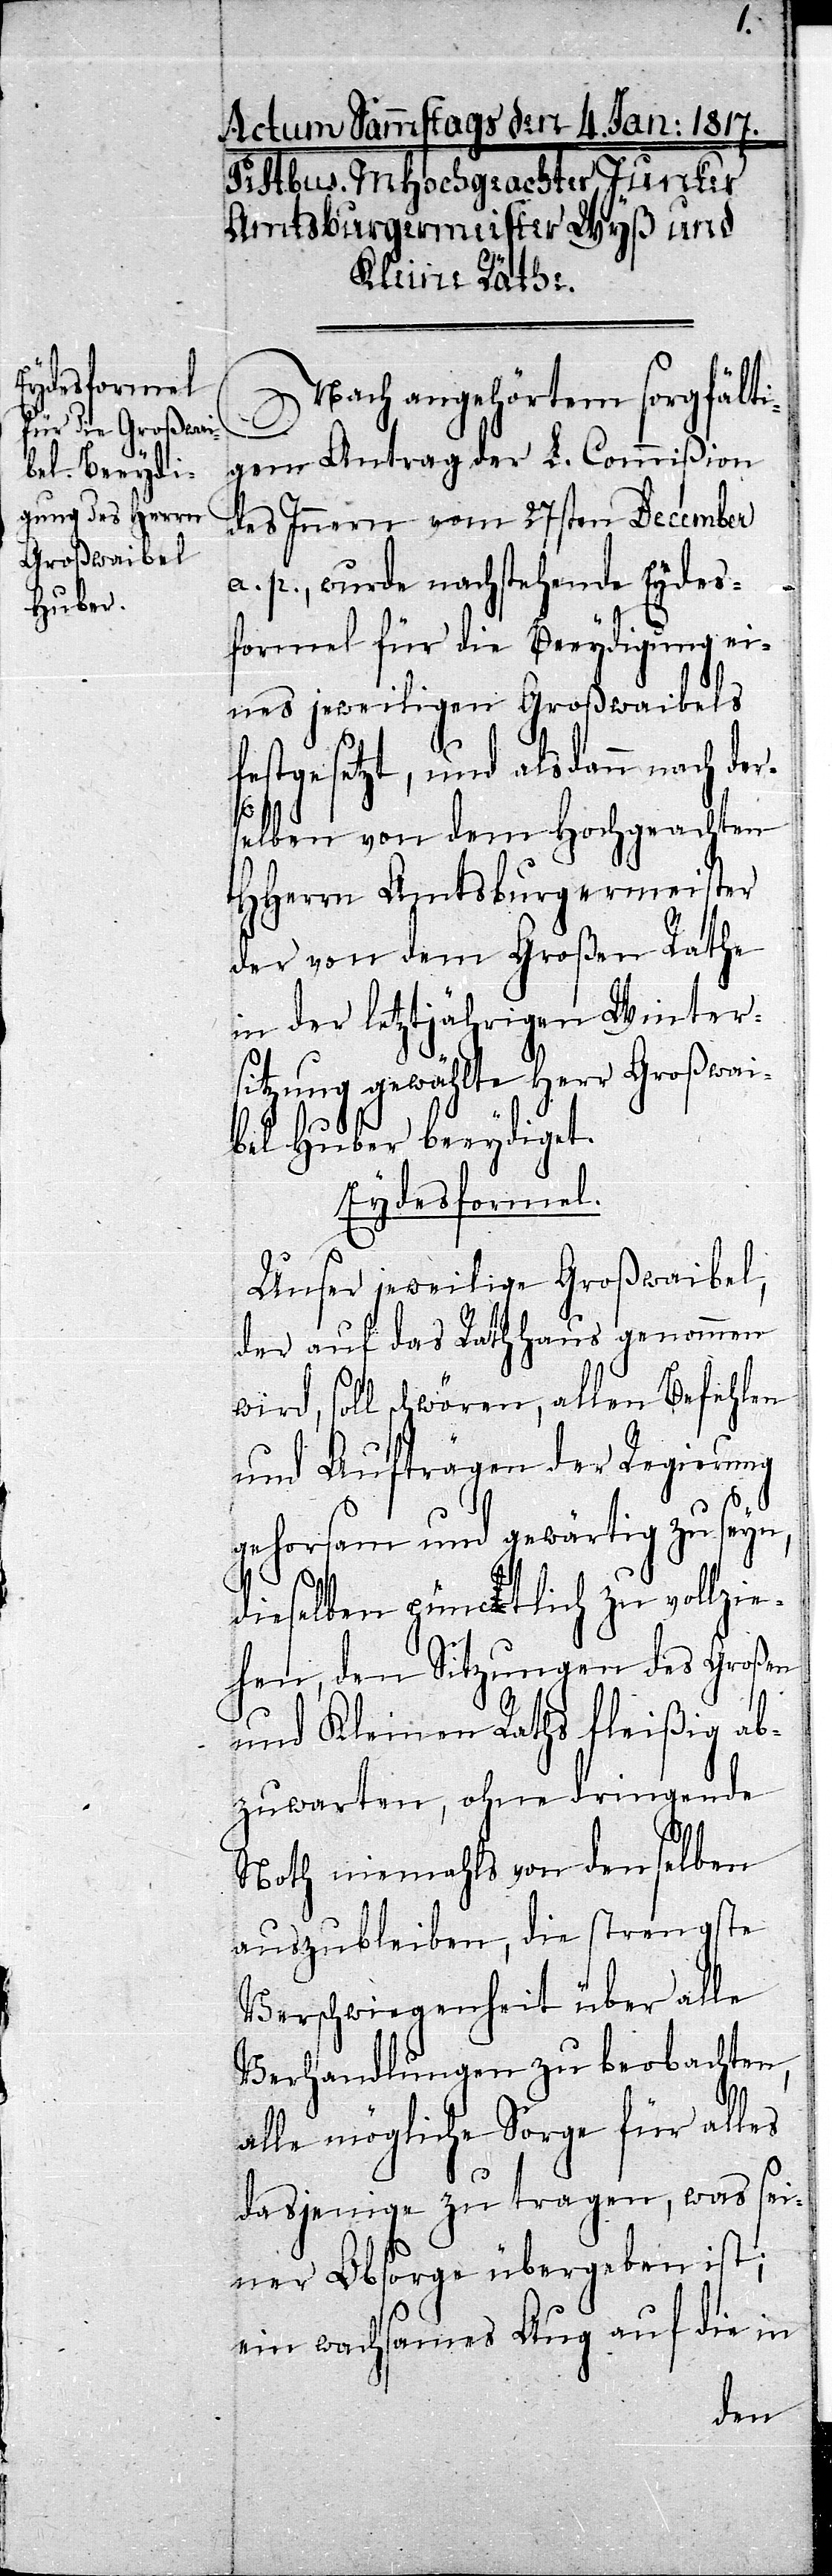
Nach angehörtem sorgfälti¬
gem Antrag der L. Commißion
des Innern vom 27sten December
a. p., wurde nachstehende Eydes¬
formel für die Beeydigung ei¬
nes jeweiligen Großwaibels
festgesetzt, und alsdann nach der¬
selben von dem Hochgeachten
HHerrn Amtsburgermeister
der von dem Großen Rathe
in der letztjährigen Winter¬
sitzung gewählte Herr Großwai¬
bel Huber beeydiget.
Eydesformel.
Unser jeweilige Großwaibel,
der auf das Rathhaus genommen
wird, soll schwören, allen Befehlen
und Aufträgen der Regierung
gehorsam und gewärtig zu sey¬
n,
dieselben pünctlich zu vollzie¬
hen, den Sitzungen des Großen
und Kleinen Raths fleißig ab¬
zuwarten, ohne dringende
Noth niemahls von denselben
auszubleiben, die strengste
Verschwiegenheit über alle
Verhandlungen zu beobachten,
alle mögliche Sorge für alles
dasjenige zu tragen, was sei¬
ner Obsorge übergeben ist;
ein wachsames Aug auf die in